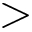
>